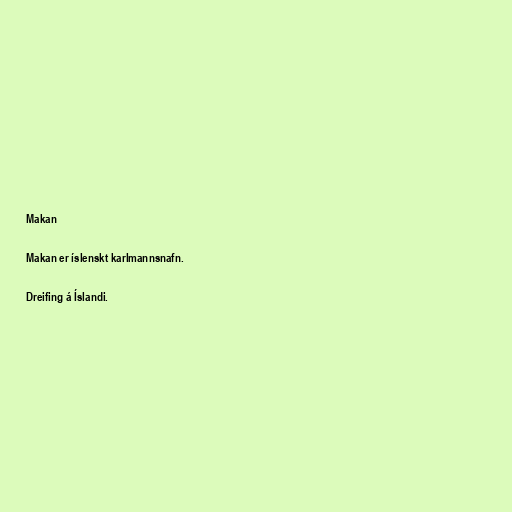
Makan

Makan er íslenskt karlmannsnafn.

Dreifing á Íslandi.